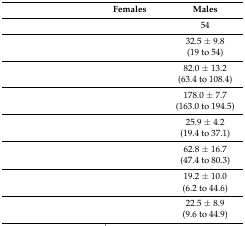
<table><thead><tr><td>[EMPTY_CELL]</td><td><b>Females</b></td><td><b>Males</b></td></tr></thead><tbody><tr><td>[EMPTY_CELL]</td><td>[EMPTY_CELL]</td><td>54</td></tr><tr><td>[EMPTY_CELL]</td><td>[EMPTY_CELL]</td><td>32.5 ± 9.8</td></tr><tr><td>[EMPTY_CELL]</td><td>[EMPTY_CELL]</td><td>(19 to 54)</td></tr><tr><td>[EMPTY_CELL]</td><td>[EMPTY_CELL]</td><td>82.0 ± 13.2</td></tr><tr><td>[EMPTY_CELL]</td><td>[EMPTY_CELL]</td><td>(63.4 to 108.4)</td></tr><tr><td>[EMPTY_CELL]</td><td>[EMPTY_CELL]</td><td>178.0 ± 7.7</td></tr><tr><td>[EMPTY_CELL]</td><td>[EMPTY_CELL]</td><td>(163.0 to 194.5)</td></tr><tr><td>[EMPTY_CELL]</td><td>[EMPTY_CELL]</td><td>25.9 ± 4.2</td></tr><tr><td>[EMPTY_CELL]</td><td>[EMPTY_CELL]</td><td>(19.4 to 37.1)</td></tr><tr><td>[EMPTY_CELL]</td><td>[EMPTY_CELL]</td><td>62.8 ± 16.7</td></tr><tr><td>[EMPTY_CELL]</td><td>[EMPTY_CELL]</td><td>(47.4 to 80.3)</td></tr><tr><td>[EMPTY_CELL]</td><td>[EMPTY_CELL]</td><td>19.2 ± 10.0</td></tr><tr><td>[EMPTY_CELL]</td><td>[EMPTY_CELL]</td><td>(6.2 to 44.6)</td></tr><tr><td>[EMPTY_CELL]</td><td>[EMPTY_CELL]</td><td>22.5 ± 8.9</td></tr><tr><td>[EMPTY_CELL]</td><td>[EMPTY_CELL]</td><td>(9.6 to 44.9)</td></tr></tbody></table>